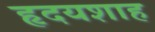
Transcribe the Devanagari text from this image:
हृदयशाह